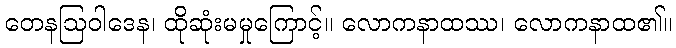
တေနဩဝါဒေန၊ ထိုဆုံးမမှုကြောင့်။ လောကနာထဿ၊ လောကနာထ၏။